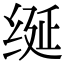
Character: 𫄧